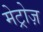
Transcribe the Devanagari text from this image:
मेट्रोज़